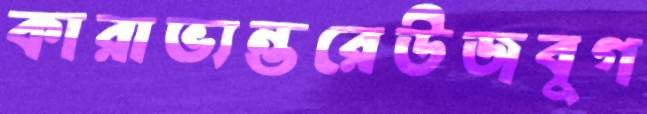
কারাভ্যন্তরেউজবুগ